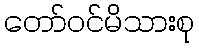
တော်ဝင်မိသားစု